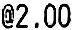
@2.00